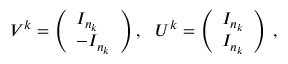
\begin{array} { r } { V ^ { k } = \left( \begin{array} { l } { I _ { n _ { k } } } \\ { - I _ { n _ { k } } } \end{array} \right) , \ \ U ^ { k } = \left( \begin{array} { l } { I _ { n _ { k } } } \\ { I _ { n _ { k } } } \end{array} \right) \, , } \end{array}